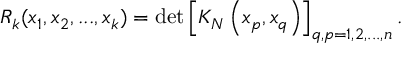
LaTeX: R _ { k } ( x _ { 1 } , x _ { 2 } , . . . , x _ { k } ) = \operatorname * { d e t } \left[ K _ { N } \left( x _ { p } , x _ { q } \right) \right] _ { q , p = 1 , 2 , . . . , n } .